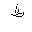
Letter: _za